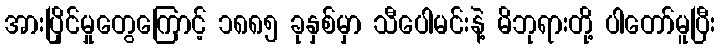
အားပြိုင်မှုတွေကြောင့် ၁၈၈၅ ခုနှစ်မှာ သီပေါမင်းနဲ့ မိဘုရားတို့ ပါတော်မူပြီး